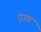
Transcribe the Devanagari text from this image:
एउप